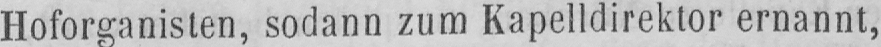
Hoforganisten, sodann zum Kapelldirektor ernannt,